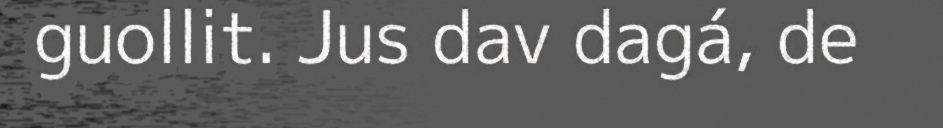
guollit. Jus dav dagá, de